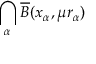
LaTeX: \bigcap _ { \alpha } { \overline { { B } } } ( x _ { \alpha } , \mu r _ { \alpha } )